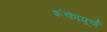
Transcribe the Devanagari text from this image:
शंकापूर्ण